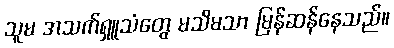
သူမ အသက်ရှူသံတွေ မသိမသာ မြန်ဆန်နေသည်။